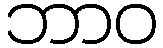
ဘာဝ